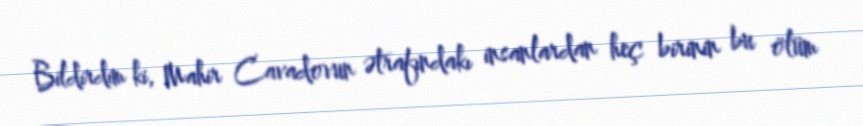
Bildirdim ki, Mahir Cavadovun ətrafındakı insanlardan heç birinin bu ölüm